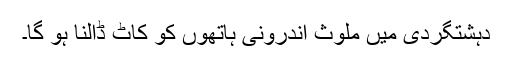
دہشتگردی میں ملوث اندرونی ہاتھوں کو کاٹ ڈالنا ہو گا۔